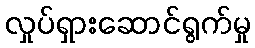
လှုပ်ရှားဆောင်ရွက်မှု